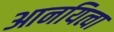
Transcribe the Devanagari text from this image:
आनयित्वा